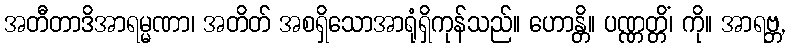
အတီတာဒိအာရမ္မဏာ၊ အတိတ် အစရှိသောအာရုံရှိကုန်သည်။ ဟောန္တိ။ ပဏ္ဏတ္တိံ၊ ကို။ အာရဗ္ဘ,